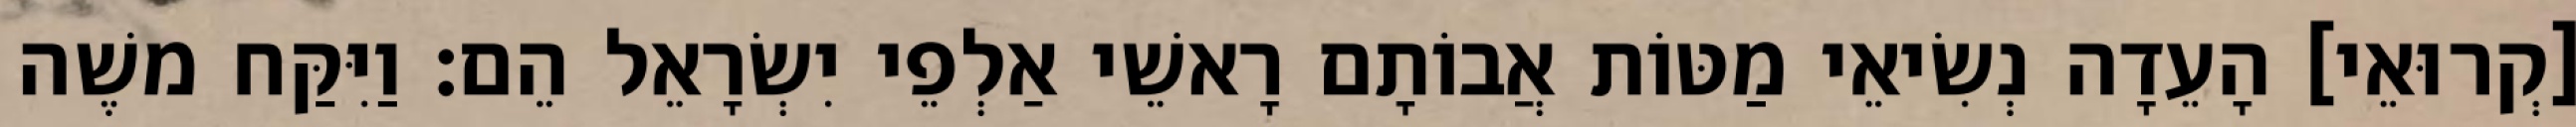
[קְרוּאֵי] הָעֵדָה נְשִׂיאֵי מַטּוֹת אֲבוֹתָם רָאשֵׁי אַלְפֵי יִשְׂרָאֵל הֵם׃ וַיִּקַּח משֶׁה